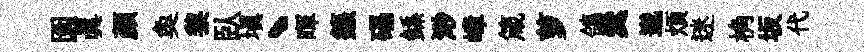
園眞颜奐黎臥塡、暉籙礧鲧𣺌嶂箴萝鴿羹邈煩迷桷坂代